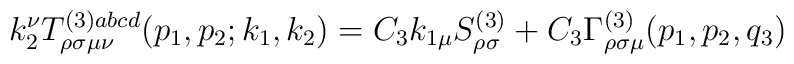
k_2^\nu T_{\rho \sigma \mu \nu }^{(3)abcd}(p_1,p_2;k_1,k_2)=C_3k_{1\mu}S_{\rho \sigma }^{(3)}+C_3\Gamma _{\rho \sigma \mu }^{(3)}(p_1,p_2,q_3)